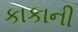
કાકાની